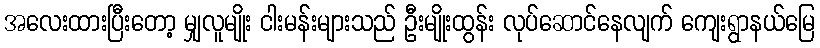
အလေးထားပြီးတော့ မျှလူမျိုး ငါးမန်းများသည် ဦးမျိုးထွန်း လုပ်ဆောင်နေလျက် ကျေးရွာနယ်မြေ